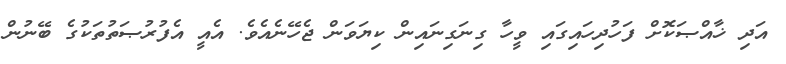
އަދި ޚާއްޞަކޮށް ފަހުދިހައިގައި ވީހާ ގިނަގިނައިން ކިޔަވަން ޖެހޭނެއެވެ. އެއީ އެފުރުޞަތުތަކުގެ ބޭނުން